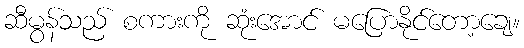
ဆီမွန်သည် စကားကို ဆုံးအောင် မပြောနိုင်တော့ချေ။